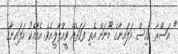
" އަސްރާ އައިސް އަލައިނާގެ މޫނަށް އެތި ފަހަރެއް ވީއްލާލީއެވެ. އެއާއެކުު އަލައިނާގެ